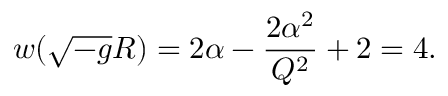
w ( \sqrt { - g } R ) = 2 \alpha - { \frac { 2 \alpha ^ { 2 } } { Q ^ { 2 } } } + 2 = 4 .